Annual statistical returns and brief notes on vaccination in Bengal - 1909-1929
Year: 1909
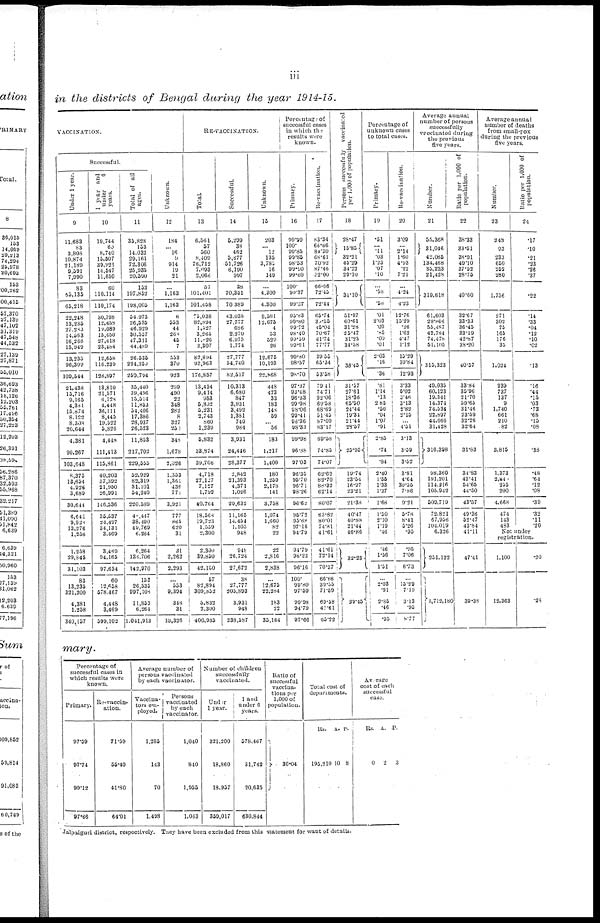
iii
in the districts of Bengal during the year 1914-15.
VACCINATION.
Successful.
Under 1 year.
9
11,683
83
3,803
10,874
21,189
9,591
7,990
83
65,135
65,218
22,248
13,235
27,283
14,563
16,268
15,949
13,235
96,309
109,544
21,438
15,716
9,165
4,331
15,874
8,122
8,308
20,644
4,381
99,267
103,648
8,375
13,654
4,926
3,689
30,644
6,641
9,928
13,276
1,258
1,258
29,845
31,103
83
13,235
321,200
4,381
1,258
340,157
1 year and
under
6
years.
10
19,744
60
8,740
15,507
39,926
14,547
11,650
60
110,114
110,174
30,798
12,658
19,089
15,450
27,418
23,484
12,658
116,239
128,897
13,810
21,571
6,128
4,448
36,111
8,445
19,522
5,826
4,448
111,413
115,861
40,203
57,392
21,950
26,991
146,536
35,537
24,497
34,131
3,469
3,469
94,165
97,634
60
12,658
578,467
4,448
3,469
599,102
Total of all
ages.
11
35,828
153
14,032
29,161
72,306
25,935
20,590
153
197,852
198,005
54,973
26,535
46,929
30,557
47,311
44,489
26,535
224,250
250,794
35,440
39,496
15,514
11,853
54,406
17,386
28,937
26,523
11,853
217,702
229,555
52,929
82,319
31,101
54,240
220,589
48,447
38,490
49,769
6,264
6,264
136,706
142,970
153
26,535
997,108
11,853
6,264
1,041,913
Unknown.
12
184
...
16
9
914
19
21
...
1,163
1,163
6
553
44
268
45
7
353
370
923
299
490
22
348
282
8
327
250
348
1,678
2,026
1.353
1,361
436
771
3,921
777
865
620
31
31
2 262
2,293
...
553
9,394
348
31
10,326
RE-VACCINATION.
Total.
13
6,561
57
560
8,409
76,712
7,093
2,066
57
101,401
101,458
75,038
82,894
1,527
3,265
11,826
2,307
82,894
93,963
176,857
13,434
9,414
953
6,832
5,231
2,743
860
1,239
5,832
33,874
39,766
4,718
27,127
7,127
1,792
40,764
18,568
19,723
1,559
2,300
2,300
39,850
42,150
57
82,894
309,852
5,832
2,300
400,935
Successful.
14
5,299
38
462
5,677
51,726
6,190
997
38
70,351
70,389
43,035
27,777
686
2,270
6,975
1,774
27,777
54,740
82,517
10,313
6,680
847
3,931
3,492
1,381
749
984
3,931
24,446
28,377
2,842
21,393
4,371
1,026
29,632
11,165
14,454
1,105
948
948
26,724
27,672
38
27,777
205,893
3,931
948
238,587
Unknown.
15
203
...
12
135
3,785
16
149
...
4,300
4,300
9,581
12,675
4
53
529
26
12,675
10,193
22,868
448
473
33
183
144
59
... 56
183
1,217
1,400
180
1,259
2,178
141
3,758
1,074
1,660
82
22
22
2,816
2,838
...
12,675
22,284
183
22
35,164
Percentage of
successful cases
in which the
results were
known.
Primary.
16
99.99
100.
99.85
99.85
98.53
99.90
99.60
100.
99.37
99.37
95.83
99.80
99.72
98.40
99.59
99.94
99.80
98.57
98.70
97.37
93.48
96.33
99.98
98.06
99.41
96.36
98.33
99.98
96.88
97.03
96.35
95.70
96.71
98.26
96.62
95.72
95.68
97.16
94.79
94.79
96.23
96.16
100.
99.80
97.59
99.98
94.79
97.66
Re-vaccination.
17
83.34
66.66
84.30
68.61
70.92
87.46
52.00
66.66
72.45
72.44
65.74
39.55
45.04
70.67
61.74
77.77
39.55
65.34
53.58
79.41
74.71
92.00
69.58
68.69
51.45
87.09
83.17
69.58
74.85
74.07
62.62
82.70
88.32
62.14
80.07
63.82
80.01
74.81
41.61
41.61
72.14
70.37
66.66
39.33
71.59
69.58
41.61
65.22
Persons successfully vaccinated
per 1,000 of population.
18
28.47
15.85
32.21
45.29
34.22
29.10
34.10
51.97
60.61
31.28
25.47
31.23
34.58
38.45
31.57
27.61
18.38
65.50
24.44
19.34
21.44
28.57
25.95
19.74
23.54
16.97
23.21
21.38
40.47
40.88
21.44
46.86
32.23
29.15
Percentage of
unknown cases
to total cases.
Primary.
19
.51
... .11
.03
1.23
.07
.10
...
.58
.58
.01
2.03
.09
.05
.09
.01
2.03
.16
.36
.81
1.14
.13
2.85
.50
.04
1.07
.91
2.85
.74
.84
2.40
1.55
1.33
1.37
1.68
1.50
2.10
1.19
.46
.46
1.56
1.51
...
2.03
.91
2.85
.46
.95
Re-vaccination.
20
3.09
... 2.14
1.60
4.93
.22
7.21
...
4.24
4.23
12.76
15.29
.26
1.62
4.47
1.12
15.29
10.84
12.93
3.33
5.02
3.46
3.13
2.82
2.15
... 4.51
3.13
3.59
3.52
3.81
4.64
30.55
7.86
9.21
5.78
8.41
5.26
.93
.95
7.06
6.73
...
15.29
7.19
3.13
.95
8.77
Average annual
number of persons
successfully
vaccinated during
the previous
five years.
Number.
21
55,368
31,046
42,085
134,468
35,233
21,428
319,618
61,603
29.866
55,487
42,784
74,478
51,105
315,323
49,035
60,123
19,341
14,374
74,534
22,897
44,666
31,428
316,398
98,360
191,201
114,216
105,942
509,719
72,821
67,956
104,019
6,326
251,122
1,712,180
Ratio per 1,000 of
population.
22
38.33
33.51
38.91
49.10
37.52
28.75
40.60
32.67
33.33
36.45
33.19
42.87
38.20
40.57
33.84
35.96
21.70
59.65
31.46
23.59
32.26
32.64
31.83
34.83
43.41
54.65
44.50
43.57
49.36
52.47
43.84
41.11
47.41
39.38
Average annual
number of deaths
from small-pox
during the previous
five years.
Number.
23
248
93
233
650
252
280
1,756
271
302
75
165
176
35
1,024
239
737
137
9
1,740
661
210
.82
3,815
1,373
2,840
255
200
4,668
474
143
483
Ratio per 1,000 of
population.
24
.17
.10
.21
.23
.26
.37
.22
.14
.33
.04
.12
.10
.02
.13
.16
.44
.15
.03
.73
.68
.15
.08
.38
.48
.64
.12
.08
.39
.32
.11
.20
Not under
registration.
1,100
12,363
.20
.28
mary.
Percentage of
successful cases in
which results were
known.
Primary.
97.59
97.74
99.12
97.66
Re-vaccin¬
ation.
71.59
55.40
41.80
64.01
Average number of
persons vaccinated
by each vaccinator.
Vaccina-
tors em-
ployed.
1,285
143
70
1,498
Persons
vaccinated
by each
vaccinator.
1,040
840
1,955
1,033
Number of children
successfully
vaccinated.
Under
1 year.
321,200
18,860
18,957
359,017
1 and
under 6
years.
578,467
31,742
20,635
630,844
Ratio of
successful
vaccina-
tions per
1,000 of
population.
30.04
Total cost of
departments.
Rs.
195,210
A.
10
P.
8
Average
cost of each
successful
case.
Rs.
0
A.
2
P.
3
Jalpaiguri district, respectively. They have been excluded from this statement for want of details.